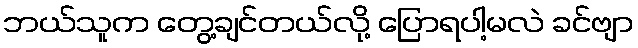
ဘယ်သူက တွေ့ချင်တယ်လို့ ပြောရပါ့မလဲ ခင်ဗျာ